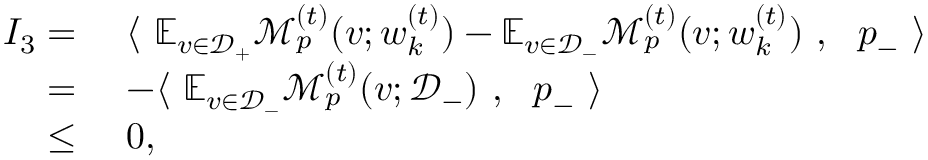
\begin{array} { r l } { I _ { 3 } = } & { ~ \langle ~ \mathbb { E } _ { v \in \mathcal { D } _ { + } } \mathcal { M } _ { p } ^ { ( t ) } ( v ; { \boldsymbol w } _ { k } ^ { ( t ) } ) - \mathbb { E } _ { v \in \mathcal { D } _ { - } } \mathcal { M } _ { p } ^ { ( t ) } ( v ; { \boldsymbol w } _ { k } ^ { ( t ) } ) ~ , ~ ~ { \boldsymbol p } _ { - } ~ \rangle } \\ { = } & { ~ - \langle ~ \mathbb { E } _ { v \in \mathcal { D } _ { - } } \mathcal { M } _ { p } ^ { ( t ) } ( v ; \mathcal { D } _ { - } ) ~ , ~ ~ { \boldsymbol p } _ { - } ~ \rangle } \\ { \le } & { ~ 0 , } \end{array}